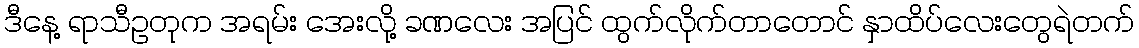
ဒီနေ့ ရာသီဥတုက အရမ်း အေးလို့ ခဏလေး အပြင် ထွက်လိုက်တာတောင် နှာထိပ်လေးတွေရဲတက်